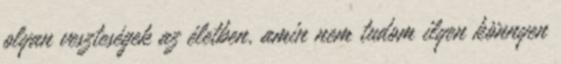
olyan veszteségek az életben, amin nem tudom ilyen könnyen